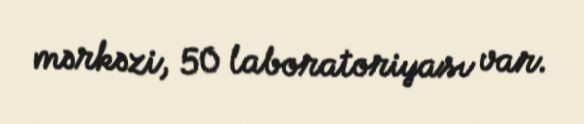
mərkəzi, 50 laboratoriyası var.